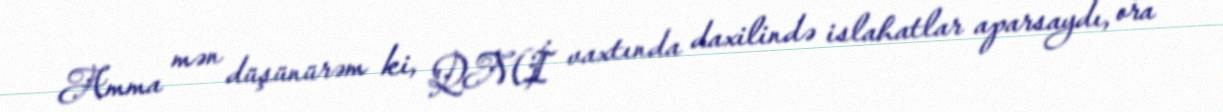
Amma mən düşünürəm ki, QMİ vaxtında daxilində islahatlar aparsaydı, ora